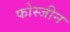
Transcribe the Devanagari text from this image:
फोस्जीन